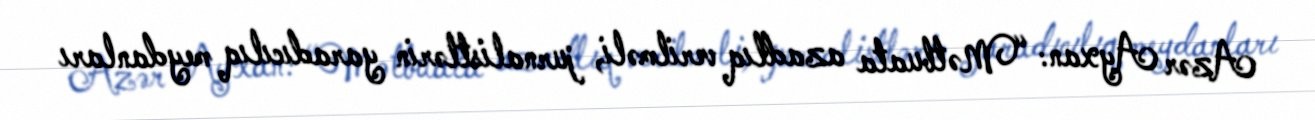
Azər Ayxan: “Mətbuata azadlıq verilməli, jurnalistlərin yaradıcılıq meydanları